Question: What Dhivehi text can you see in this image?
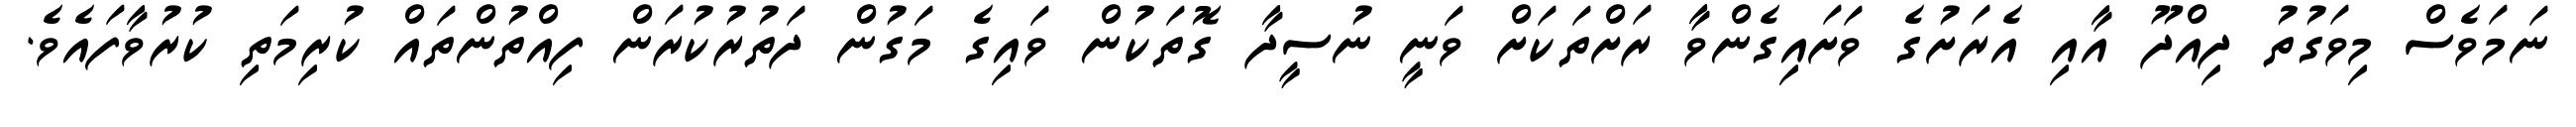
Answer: ނަމަވެސް މިވަގުތު ދިއްދޫ އާއި އެރަށުގެ ވަށައިގެންވާ ރަށްތަކަށް ވަނީ ނުސީދާ ގޮތަކުން ވައިގެ މަގުން ދަތުރުކުރަން ފިއްތުންތައް ކުރިމަތި ކުރުވާފައެވެ.